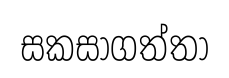
සකසාගත්තා